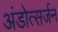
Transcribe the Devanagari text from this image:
अंडोत्सर्जन